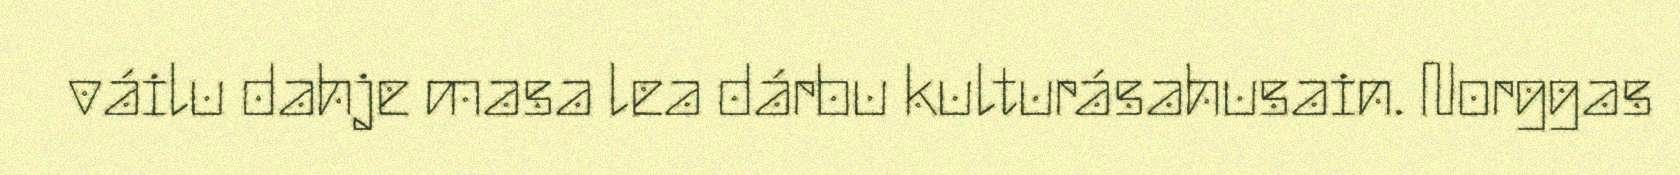
váilu dahje masa lea dárbu kulturásahusain. Norggas